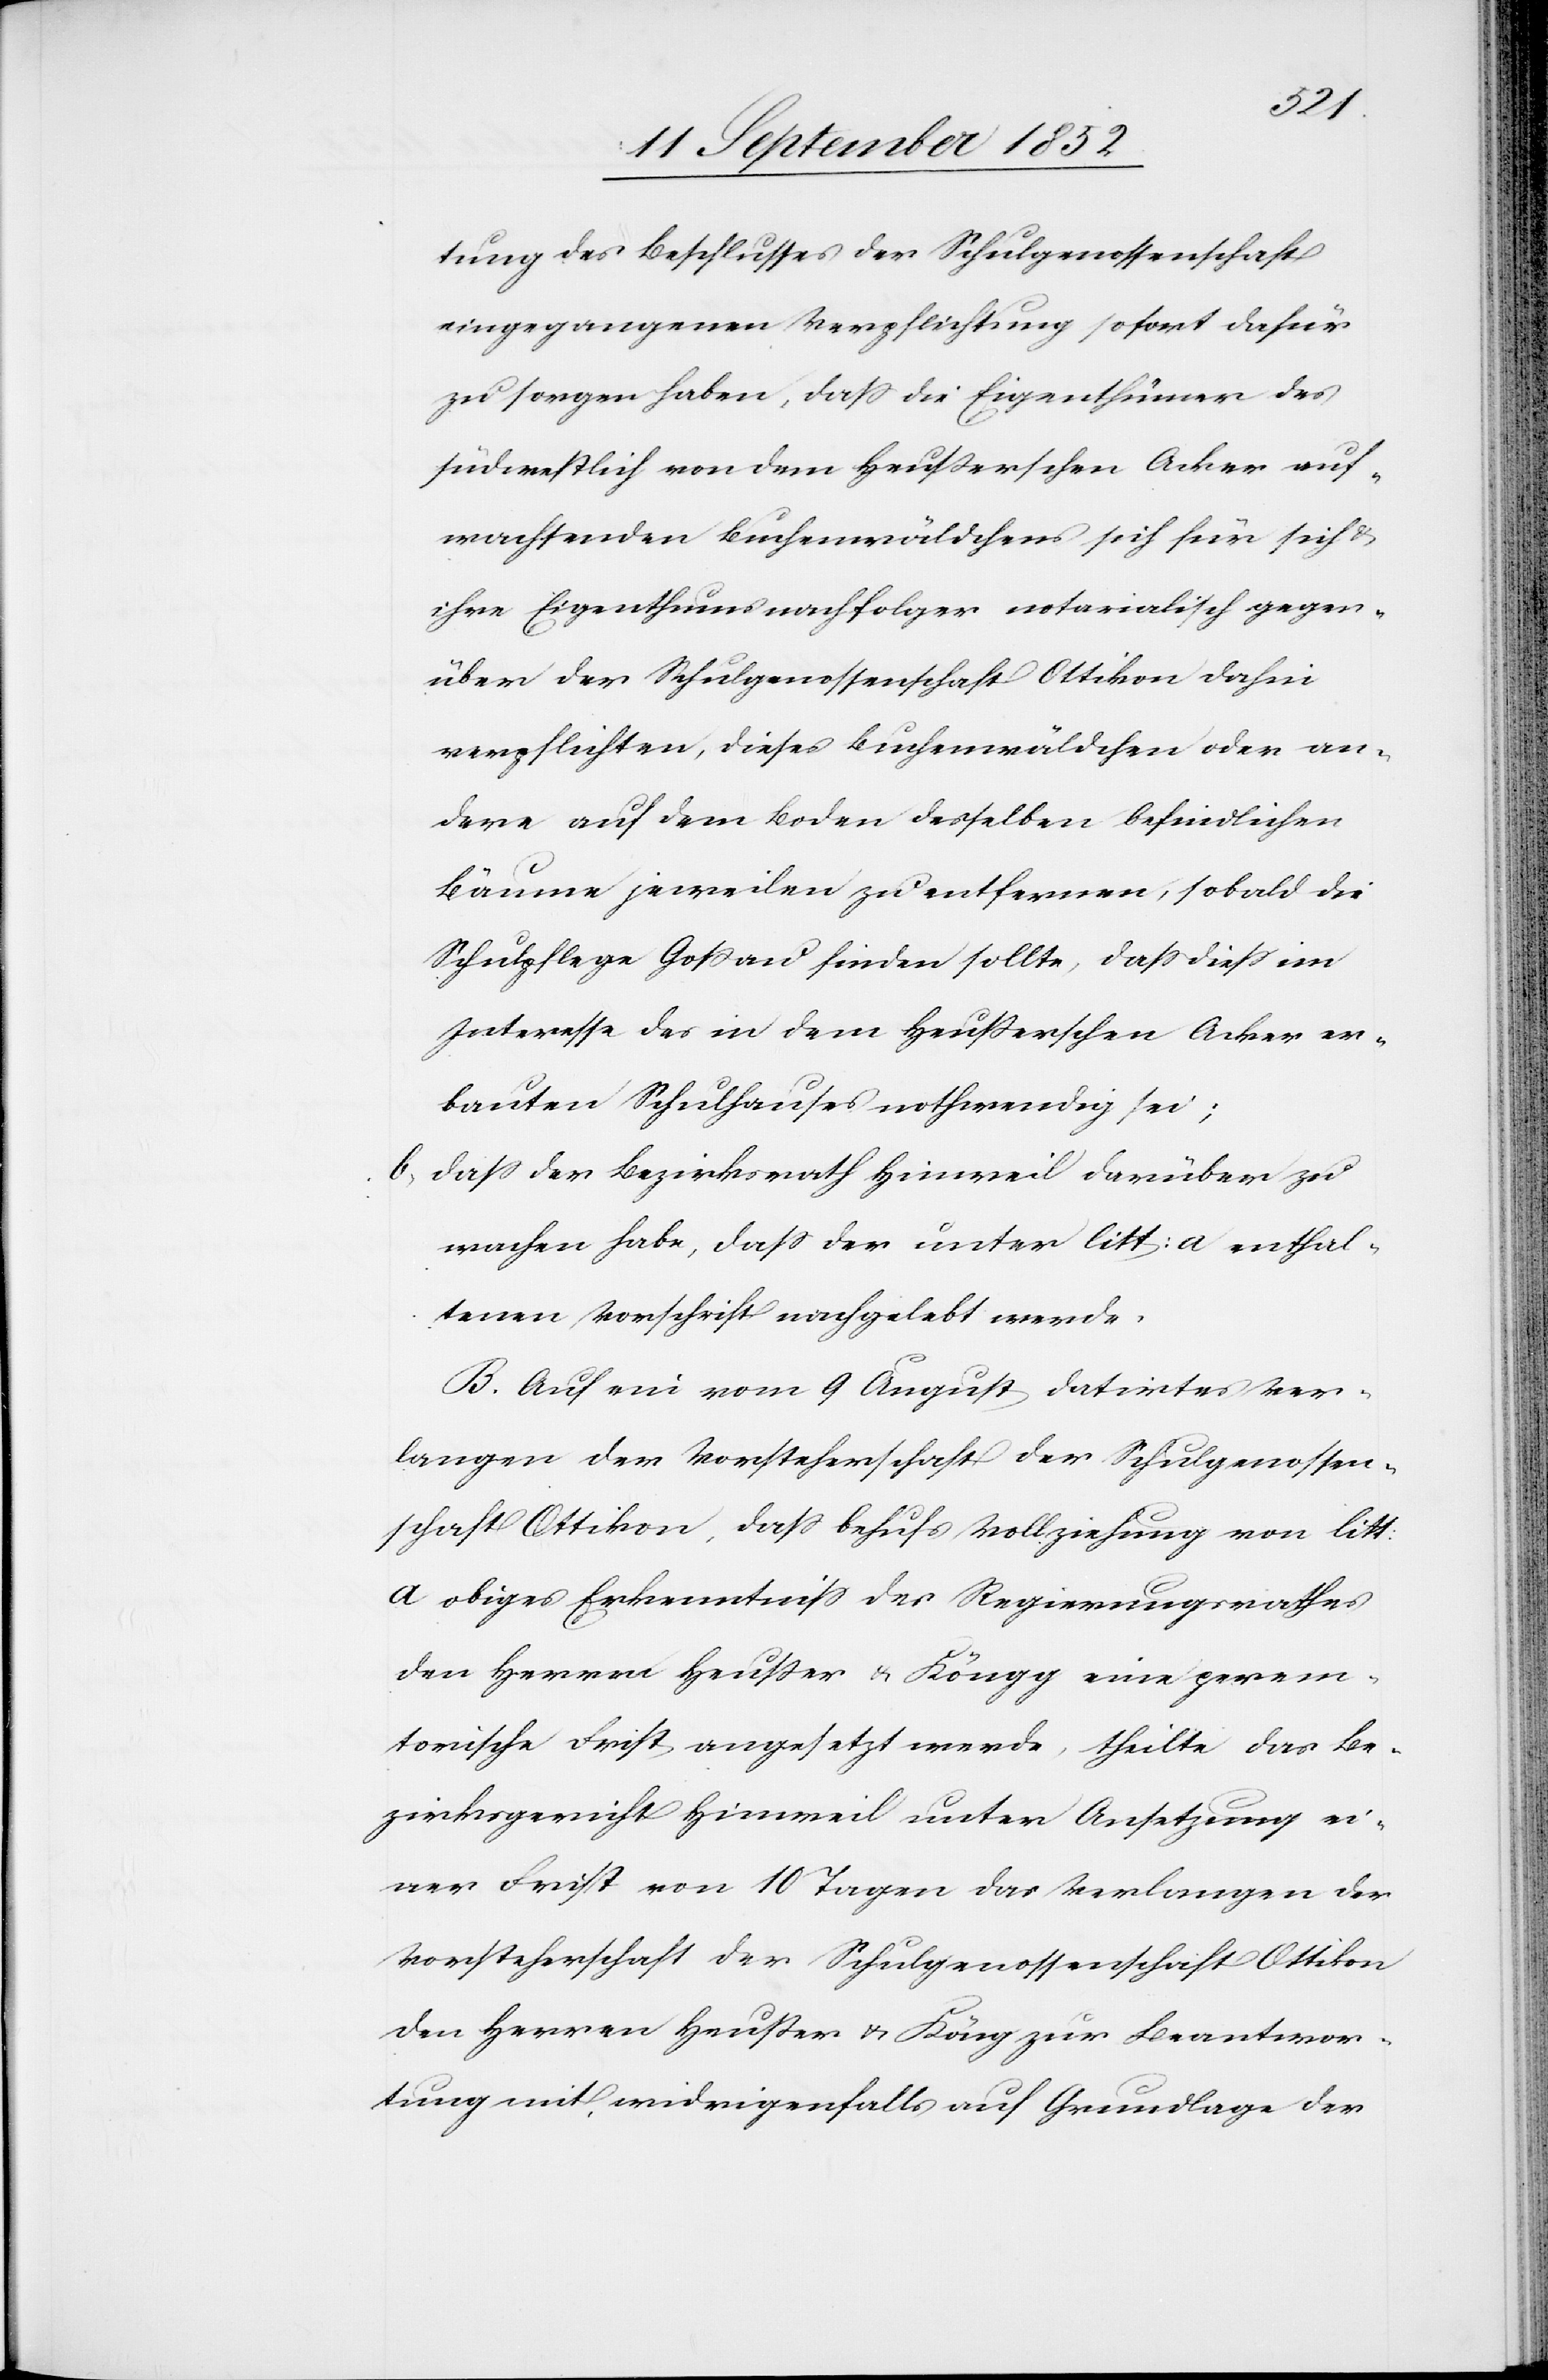
tung des Beschlusses der Schulgenossenschaft
eingegangenen Verpflichtung sofort dafür
zu sorgen haben, dass die Eigenthümer des
südwestlich von dem Heußerschen Acker auf¬
wachsenden Buchenwäldchens sich für sich &
ihre Eigenthumsnachfolger notarialisch gegen¬
über der Schulgenossenschaft Ottikon dahin
verpflichten, dieses Buchenwäldchen oder an¬
dere auf dem Boden desselben befindlichen
Bäume jeweilen zu entfernen, sobald die
Schulpflege Goßau finden sollte, dass diess im
Interesse des in dem Heußerschen Acker er¬
bauten Schulhauses nothwendig sei;
dass der Bezirksrath Hinweil darüber zu
wachen habe, dass der unter litt: a enthal¬
tenen Vorschrift nachgelebt werde.
B. Auf ein vom 9 August datirtes Ver¬
langen der Vorsteherschaft der Schulgenossen¬
schaft Ottikon, dass behufs Vollziehung von litt:
a obiges Erkenntniss des Regierungsrathes
den Herren Heußer & Köngg eine perem¬
torische Frist angesetzt werde, theilte das Be¬
zirksgericht Hinweil unter Ansetzung ei¬
ner Frist von 10 Tagen das Verlangen der
Vorsteherschaft der Schulgenossenschaft Ottikon
den Herren Heußer & Köng zur Beantwor¬
tung mit, widrigenfalls auf Grundlage der